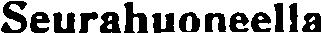
Seurahuoneella